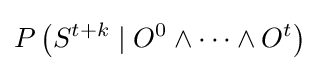
P\left(S^{t+k}\mid O^{0}\wedge \cdots \wedge O^{t}\right)